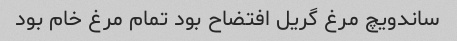
ساندویچ مرغ گریل افتضاح بود تمام مرغ خام بود